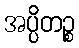
အပ္ပိတဉ္စ